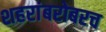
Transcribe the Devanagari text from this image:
शहरांबरोबरच